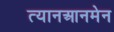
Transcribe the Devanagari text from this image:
त्यानआनमेन